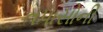
તપાસોની